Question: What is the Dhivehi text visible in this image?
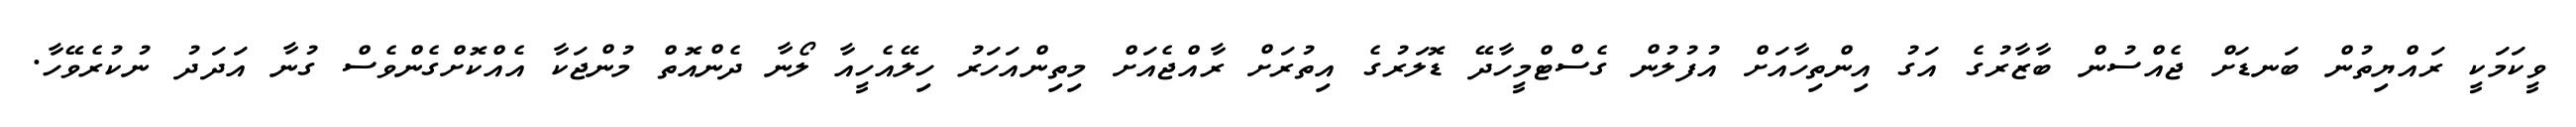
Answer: ވީކަމަކީ ރައްޔިތުން ބަނޑަށް ޖެއްސުން ބާޒާރުގެ އަގު އިންތިހާއަށް އުފުލުން ގެސްޓްމީހާދޭ ޑޮލަރުގެ އިތުރަށް ރާއްޖެއަށް މިތިންއަހަރު ހިލޭއެހީއާ ލޯނާ ދެންއޮތް މުންޖަކާ އެއްކޮށްގެންވެސް ގުނާ އަދަދު ނުކުރެވޭހާ.